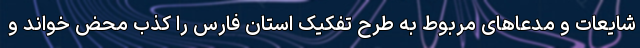
شایعات و مدعاهای مربوط به طرح تفکیک استان فارس را کذب محض خواند و